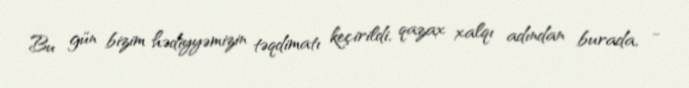
Bu gün bizim hədiyyəmizin təqdimatı keçirildi, qazax xalqı adından burada, -